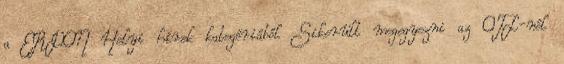
a ERDON Helyi hírek kategóriából Sikerült megegyezni az OTL-nél